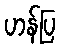
ဟန်ပြ